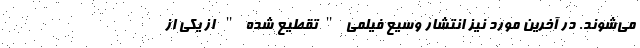
می‌شوند. در آخرین مورد نیز انتشار وسیع فیلمی "تقطیع شده " از یکی از